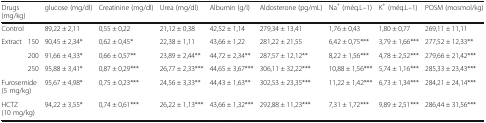
<table><thead><tr><td colspan="2"><b>Drugs (mg/kg)</b></td><td><b>glucose (mg/dl)</b></td><td><b>Creatinine (mg/dl)</b></td><td><b>Urea (mg/dl)</b></td><td><b>Albumin (g/l)</b></td><td><b>Aldosterone (pg/mL)</b></td><td><b>Na<sup>+</sup> (méq.L–1)</b></td><td><b>K<sup>+</sup> (méq.L–1)</b></td><td><b>POSM (mosmol/kg)</b></td></tr></thead><tbody><tr><td colspan="2">Control</td><td>89,22 ± 2,11</td><td>0,55 ± 0,22</td><td>21,12 ± 0,38</td><td>42,52 ± 1,14</td><td>279,34 ± 13,41</td><td>1,76 ± 0,43</td><td>1,80 ± 0,77</td><td>269,11 ± 11,11</td></tr><tr><td rowspan="3">Extract</td><td>150</td><td>90,45 ± 2,34*</td><td>0,62 ± 0,45*</td><td>22,38 ± 1,11</td><td>43,66 ± 1,22</td><td>281,22 ± 21,55</td><td>6,42 ± 0,75***</td><td>3,79 ± 1,66***</td><td>277,52 ± 12,33**</td></tr><tr><td>200</td><td>91,66 ± 4,33*</td><td>0,66 ± 0,57**</td><td>23,89 ± 2,44**</td><td>44,72 ± 2,34**</td><td>287,57 ± 12,12**</td><td>8,22 ± 1,56***</td><td>4,78 ± 2,52***</td><td>279,66 ± 21,42***</td></tr><tr><td>250</td><td>95,88 ± 3,41*</td><td>0,87 ± 0,29***</td><td>26,77 ± 2,33***</td><td>44,65 ± 3,67***</td><td>306,11 ± 32,22***</td><td>10,88 ± 1,56***</td><td>5,74 ± 1,16***</td><td>285,33 ± 23,43***</td></tr><tr><td colspan="2">Furosemide (5 mg/kg)</td><td>95,67 ± 4,98*</td><td>0,75 ± 0,23***</td><td>24,56 ± 3,33**</td><td>44,43 ± 1,63**</td><td>302,53 ± 23,35***</td><td>11,22 ± 1,42***</td><td>6,73 ± 1,34***</td><td>284,21 ± 24,14***</td></tr><tr><td colspan="2">HCTZ (10 mg/kg)</td><td>94,22 ± 3,55*</td><td>0,74 ± 0,61***</td><td>26,22 ± 1,13***</td><td>43,66 ± 1,32***</td><td>292,88 ± 11,23***</td><td>7,31 ± 1,72***</td><td>9,89 ± 2,51***</td><td>286,44 ± 31,56***</td></tr></tbody></table>